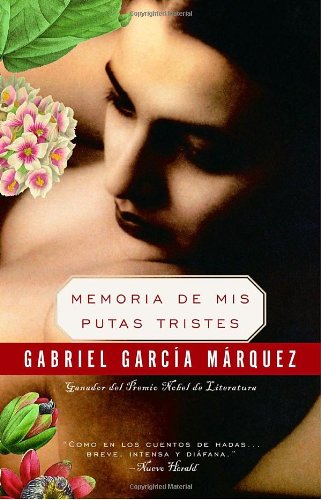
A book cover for Memoria de mis putas tristes (Spanish Edition); Gabriel GarcÃ­a MÃ¡rquez; Literature & Fiction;